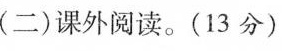
(二)课外阅读。(13分)